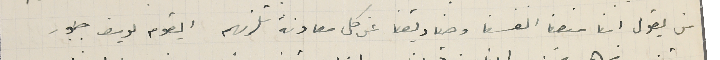
من يقول اننا منعنا انفسنا وصناديقنا عن كل معاونة تلزمهم ايقوم يوسف جبور